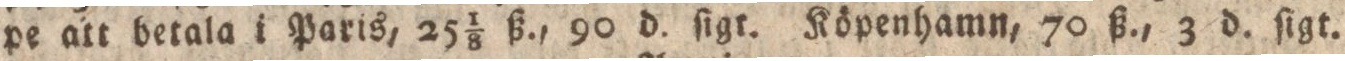
pe att betala i Paris, 25⅛ ß., 90 d. ſigt. Köpenhamn, 70 ß., 3 d. ſigt.